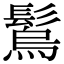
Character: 𩮮